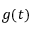
g ( t )